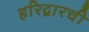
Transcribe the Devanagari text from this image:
हरिद्वारची